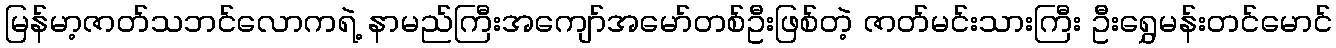
မြန်မာ့ဇာတ်သဘင်လောကရဲ့ နာမည်ကြီးအကျော်အမော်တစ်ဦးဖြစ်တဲ့ ဇာတ်မင်းသားကြီး ဦးရွှေမန်းတင်မောင်